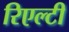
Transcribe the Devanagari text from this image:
रिएल्टी